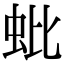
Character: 蚍